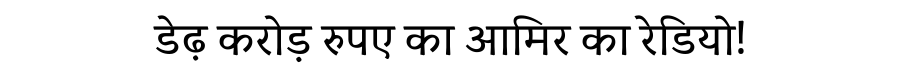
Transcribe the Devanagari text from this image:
डेढ़ करोड़ रुपए का आमिर का रेडियो!